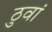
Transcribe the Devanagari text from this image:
ठुवां